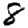
Digit: 8